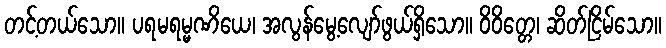
တင့်တယ်သော။ ပရမရမ္မဏိယေ၊ အလွန်မွေ့လျော်ဖွယ်ရှိသော။ ဝိဝိတ္တေ၊ ဆိတ်ငြိမ်သော။